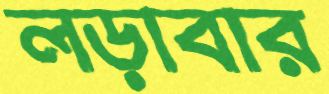
লড়াবার